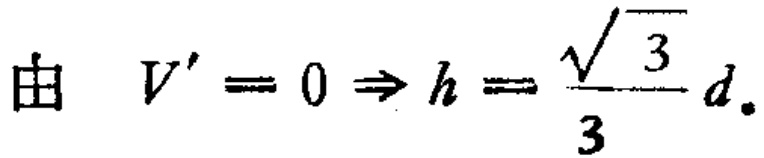
由 \(V' = 0 \Rightarrow h = \frac{\sqrt{3}}{3}d.\)